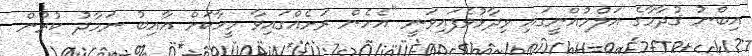
އިބްނު ޤުދާމާގެ އަލްމުޣްނީގައި ވިދާޅުވެފައިވަނީ "އެހެން ރަށެއްގައިވާ މީހާކަށް ޢާއިބު ނަމާދު ކުރުން